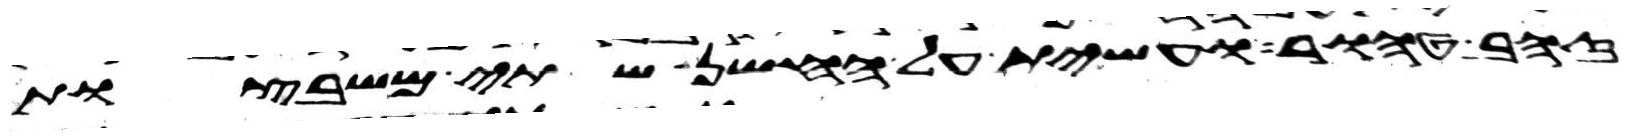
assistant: זהב טהור ועשית על החשן שתי משבצות